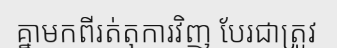
គ្នាមកពីរត់តុការវិញ បែរជាត្រូវ